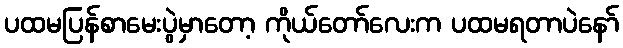
ပထမပြန်စာမေးပွဲမှာတော့ ကိုယ်တော်လေးက ပထမရတာပဲနော်